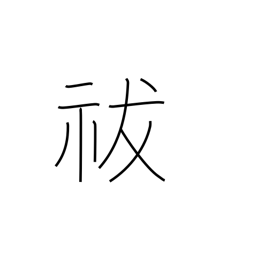
Meaning: exorcise